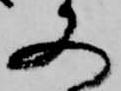
又